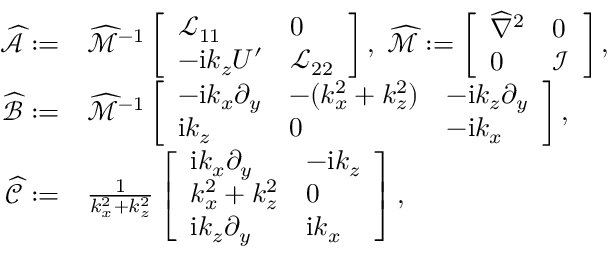
\begin{array} { r l } { \widehat { \mathcal { A } } : = } & { \widehat { \mathcal { M } } ^ { - 1 } \left[ \begin{array} { l l } { \mathcal { L } _ { 1 1 } } & { 0 } \\ { - \mathrm { i } k _ { z } U ^ { \prime } } & { \mathcal { L } _ { 2 2 } } \end{array} \right] , \; \widehat { \mathcal { M } } : = \left[ \begin{array} { l l } { \widehat { \nabla } ^ { 2 } } & { 0 } \\ { 0 } & { \mathcal { I } } \end{array} \right] , } \\ { \mathcal { \widehat { B } } : = } & { \widehat { \mathcal { M } } ^ { - 1 } \left[ \begin{array} { l l l } { - \mathrm { i } k _ { x } \partial _ { y } } & { - ( k _ { x } ^ { 2 } + k _ { z } ^ { 2 } ) } & { - \mathrm { i } k _ { z } \partial _ { y } } \\ { \mathrm { i } k _ { z } } & { 0 } & { - \mathrm { i } k _ { x } } \end{array} \right] , } \\ { \mathcal { \widehat { C } } : = } & { \frac { 1 } { k _ { x } ^ { 2 } + k _ { z } ^ { 2 } } \left[ \begin{array} { l l } { \mathrm { i } k _ { x } \partial _ { y } } & { - \mathrm { i } k _ { z } } \\ { k _ { x } ^ { 2 } + k _ { z } ^ { 2 } } & { 0 } \\ { \mathrm { i } k _ { z } \partial _ { y } } & { \mathrm { i } k _ { x } } \end{array} \right] , } \end{array}